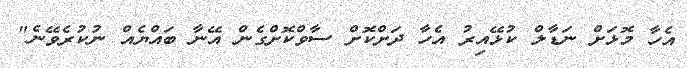
އެހާ މޮޅަށް ނަޑާލް ކުޅޭއިރު އެހާ ދަށްކޮށް ސާވްކޮށްގެން އޭނާ ބައްޔެއް ނުކުރެވޭނެ"